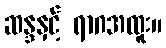
ဆန္ဒနှင့် ရာဂအထူး။